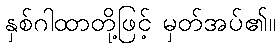
နှစ်ဂါထာတို့ဖြင့် မှတ်အပ်၏။